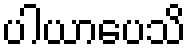
ပါယာပေသိ